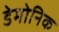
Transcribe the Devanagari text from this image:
डेमोनिक